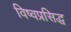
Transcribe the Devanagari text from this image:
विष्वप्रसिद्ध